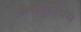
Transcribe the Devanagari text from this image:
अलम्यूनियम